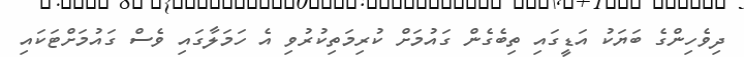
ދިވެހިންގެ ބަޔަކު އަޑީގައި ތިބެގެން ގައުމަށް ކުރިމަތިކުރުވި އެ ހަމަލާގައި ވެސް ގައުމަށްޓަކައި